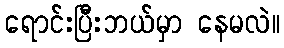
ရောင်းပြီးဘယ်မှာ နေမလဲ။